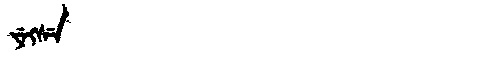
Manchu: ᠶᡝᡴᠰᡝ
Romanization: YEKSE